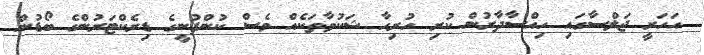
އަހަރީ ޖަލްސާގައި ހިއްސާދާރުން ކުރި ހުރިހާ ޝަކުވާތަކެއް ވެސް ކުންފުނީގެ ޑިރެކްޓަރުންގެ ބޯޑުން